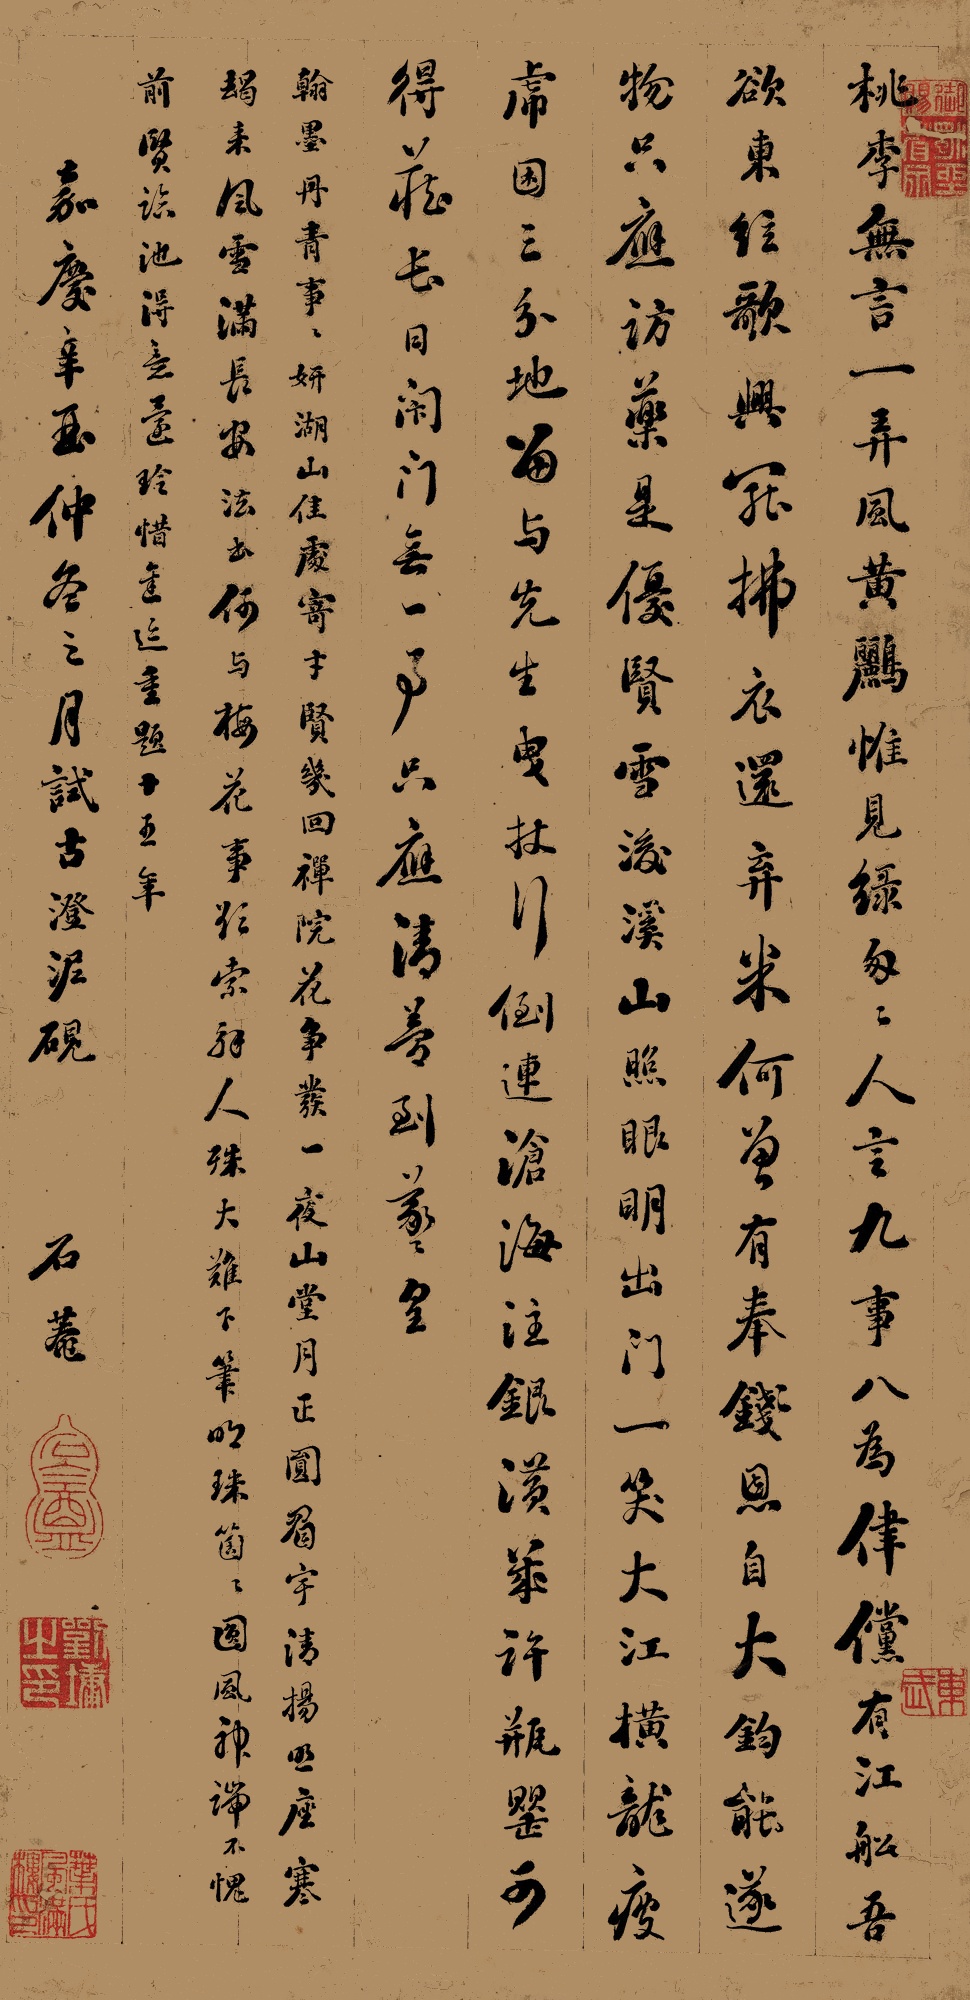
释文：桃李无言一弄风，黄鹂惟见绿匆匆。人言九事八为律，傥有江船吾欲东。

弦歌兴罢拂衣还，弃米何尝有奉钱。恩自大钧能逐物，只应访药是优贤。

雪后溪山照眼明，出门一笑大江横。龙疲虎困三分地，留与先生曳杖行。

倒连沧海注银潢，几许瓶罂可得藏。长日閇门无一事，只应清梦到羲皇。

翰墨丹青事事妍，湖山佳处寄才贤。几回禅院花争发，一夜山堂月正圆。

眉宇清扬照座寒，独来风雪满长安。法书何与梅花事，欲索解人殊大难。

下笔明珠个个圆，风神端不愧前贤，临池得意还玲惜，遥乞重题十五年。嘉庆辛酉仲冬之月，试古澄泥砚。石庵。